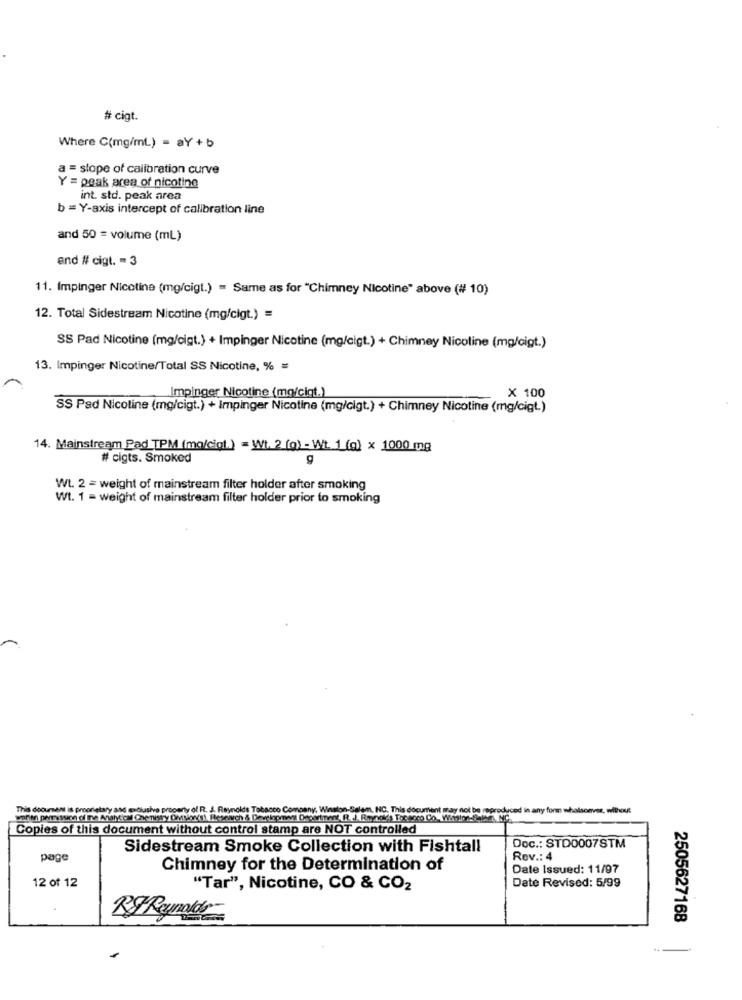
# cigt.
Where C(mg/ml) = aY + b
a = slope of calibration curve
Y = peak area of nicotine
int. std. peak area
b = Y-axis intercept of calibration line
and 50 = volume (mL)
end # cigt. = 3
11. Impinger Nicotine (mg/cigt.) = Same as for "Chimney Nicotine" above (# 10)
12. Total Sidestream Nicotine (mg/cigt.) =
SS Pad Nicotine (mg/cigt.) + Impinger Nicotine (mg/cigt.) + Chimney Nicoline (mg/cigt.)
13. Impinger Nicotine/Total SS Nicotine, % =
Impinger Nicotine (mg/cigt.)
X 100
SS Pad Nicotine (mg/cigt.) + Impinger Nicotine (mg/cigt.) + Chimney Nicotine (mg/cigt.)
14. Mainstream Pad TPM (mo/ciot.) = Wt. 2 (o) - Wt. 1 (g) x 1000 mg
# cigts. Smoked
Wt. 2 = weight of mainstream filter holder after smoking
Wt. 1 = weight of mainstream filter holder prior to smoking
This document is proprietary and conclusive property of R. J. Reynolds Tobacco Company, Winston-Salem, INC. This document may not be reproduced in any form whatsoever, without
Copies of this document without control stamp are NOT controlled
Sidestream Smoke Collection with Fishtall
Doc .: STD0007STM
page
Rev .: 4
Chimney for the Determination of
Date Issued: 11/97
12 of 12
"Tar", Nicotine, CO & CO2
Date Revised: 5/99
RF Reynolds
2505627168
..-